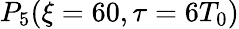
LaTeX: P_{5}(\xi=60,\tau=6T_{0})